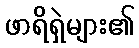
ဖာရိရှဲများ၏